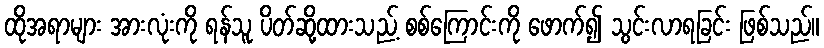
ထိုအရာများ အားလုံးကို ရန်သူ ပိတ်ဆို့ထားသည့် စစ်ကြောင်းကို ဖောက်၍ သွင်းလာရခြင်း ဖြစ်သည်။